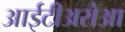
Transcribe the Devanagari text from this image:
आईटीअरोआ